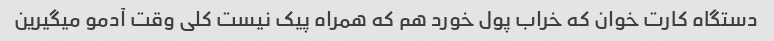
دستگاه کارت خوان که خراب پول خورد هم که همراه پیک نیست کلی وقت آدمو میگیرین